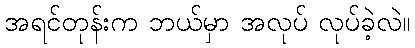
အရင်တုန်းက ဘယ်မှာ အလုပ် လုပ်ခဲ့လဲ။